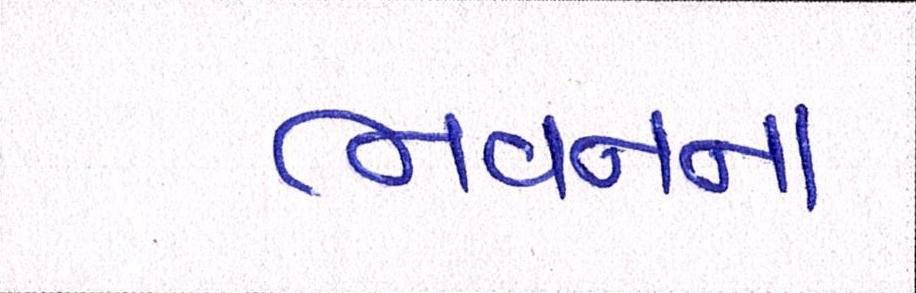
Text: ભવનના